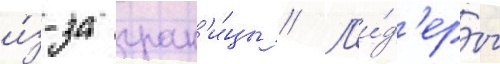
и́з-за гран'и́цы // Л'и́д'еры